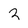
Character: 2